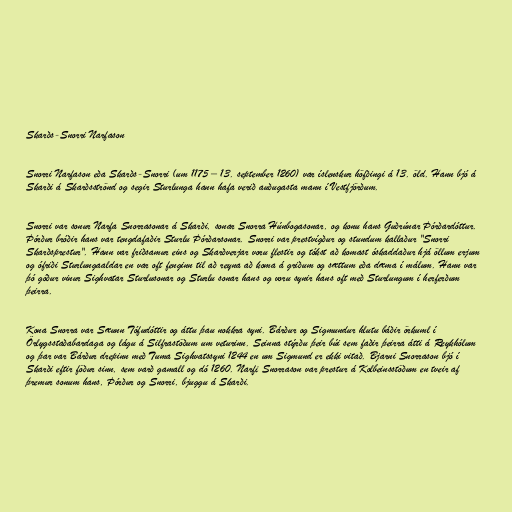
Skarðs-Snorri Narfason

Snorri Narfason eða Skarðs-Snorri (um 1175 – 13. september 1260) var íslenskur höfðingi á 13. öld. Hann bjó á
Skarði á Skarðsströnd og segir Sturlunga hann hafa verið auðugasta mann í Vestfjörðum.

Snorri var sonur Narfa Snorrasonar á Skarði, sonar Snorra Húnbogasonar, og konu hans Guðrúnar Þórðardóttur.
Þórður bróðir hans var tengdafaðir Sturlu Þórðarsonar. Snorri var prestvígður og stundum kallaður "Snorri
Skarðsprestur". Hann var friðsamur eins og Skarðverjar voru flestir og tókst að komast óskaddaður hjá öllum erjum
og ófriði Sturlungaaldar en var oft fenginn til að reyna að koma á griðum og sættum eða dæma í málum. Hann var
þó góður vinur Sighvatar Sturlusonar og Sturlu sonar hans og voru synir hans oft með Sturlungum í herferðum
þeirra.

Kona Snorra var Sæunn Tófudóttir og áttu þau nokkra syni. Bárður og Sigmundur hlutu báðir örkuml í
Örlygsstaðabardaga og lágu á Silfrastöðum um veturinn. Seinna stýrðu þeir búi sem faðir þeirra átti á Reykhólum
og þar var Bárður drepinn með Tuma Sighvatssyni 1244 en um Sigmund er ekki vitað. Bjarni Snorrason bjó í
Skarði eftir föður sinn, sem varð gamall og dó 1260. Narfi Snorrason var prestur á Kolbeinsstöðum en tveir af
þremur sonum hans, Þórður og Snorri, bjuggu á Skarði.